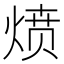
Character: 𰞻